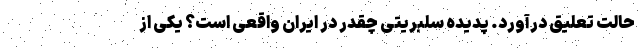
حالت تعلیق درآورد. پدیده سلبریتی چقدر در ایران واقعی است؟ یکی از